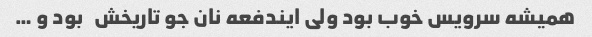
همیشه سرویس خوب بود ولی ایندفعه نان جو تاریخش   بود و … ‌